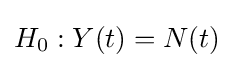
H_{0}:Y(t)=N(t)